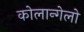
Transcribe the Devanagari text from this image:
कोलान्गेलो